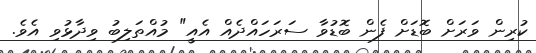
ކުރިން ވަރަށް ބޮޑަށް ފެން ބޮޑުވާ ސަރަހައްދެއް އެއީ" މުއްތަލިބު ވިދާޅުވި އެވެ.